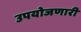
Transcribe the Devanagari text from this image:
उपयोजणारी